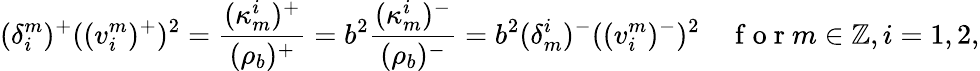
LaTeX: (\delta_{i}^{m})^{+}((v_{i}^{m})^{+})^{2}=\frac{(\kappa_{m}^{i})^{+}}{(\rho_{b})^{+}}=b^{2}\frac{(\kappa_{m}^{i})^{-}}{(\rho_{b})^{-}}=b^{2}(\delta_{m}^{i})^{-}((v_{i}^{m})^{-})^{2}\quad\mathrm{~f~o~r~}m\in\mathbb{Z},i=1,2,